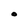
Character: O